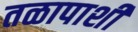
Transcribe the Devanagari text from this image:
तळापाशी